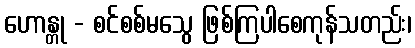
ဟောန္တု - စင်စစ်မသွေ ဖြစ်ကြပါစေကုန်သတည်း၊